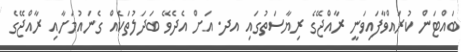
ބައްޓަން ކުރައްވާފައިވަނީ ރާއްޖޭގެ ރިޔާސަތުގައި އދ. އަށް އެދެވޭ ބަދަލުތަކެއް ގެނައުމަށާއި ރާއްޖޭގެ